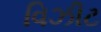
વિઝીટ